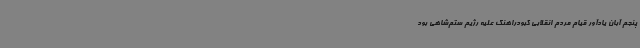
پنجم آبان یادآور قیام مردم انقلابی کبودراهنگ علیه رژیم ستم‌شاهی بود